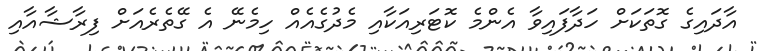
އާދައިގެ ގޮތަކަށް ހަދާފައިވާ އެންމެ ކޮޓަރިއަކާއި މެދުގެއެއް ހިމެނޭ އެ ގޭތެރެއަށް ފިރާޝާއާއި